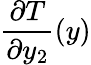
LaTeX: \frac{\partial T}{\partial y_{2}}(y)